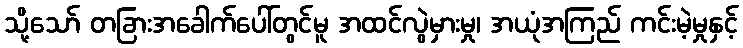
သို့သော် တခြားအခေါက်ပေါ်တွင်မူ အထင်လွဲမှားမှု၊ အယုံအကြည် ကင်းမဲ့မှုနှင့်